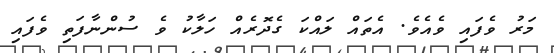
މަރު ވެފައި ވެއެވެ. އެތައް ލައްކަ ގެދޮރެއް ހަލާކު ވެ ސުންނާފަތި ވެފައި